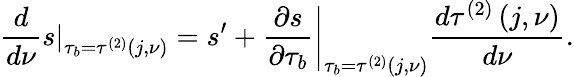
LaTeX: \frac{d}{d\nu}\left.s\right\vert_{\tau_{b}=\tau^{\left(2\right)}\left(j,\nu\right)}=s^{\prime}+\left.\frac{\partial s}{\partial\tau_{b}}\right\vert_{\tau_{b}=\tau^{\left(2\right)}\left(j,\nu\right)}\frac{d\tau^{\left(2\right)}\left(j,\nu\right)}{d\nu}.